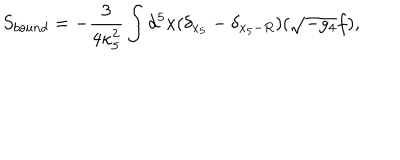
S _ { b o u n d } = - \frac { 3 } { 4 \kappa _ { 5 } ^ { 2 } } \int d ^ { 5 } x ( \delta _ { x _ { 5 } } - \delta _ { x _ { 5 } - R } ) ( \sqrt { - g _ { 4 } } f ) ,